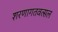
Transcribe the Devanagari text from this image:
शरणागतवत्सल